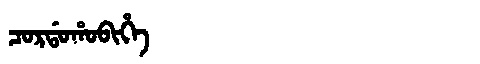
Manchu: ᠴᠣᡵᡩᠣᡥᠣᠪᡳᡥᡝ
Romanization: CORDOHOBIHE